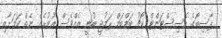
ޕާސިބޯގެ އެސިސްޓަންޓް ކޯޗު ބަމްބަމް ރަމުޖީ ބުނީ އެއްވެސް އުޒުރެއް ނެތް ކަމަށާއި